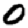
Digit: 0